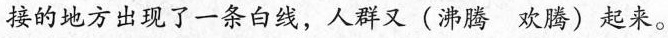
接的地方出现了一条白线，人群又(沸腾欢腾)起来。